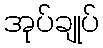
အုပ်ချုပ်